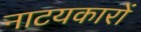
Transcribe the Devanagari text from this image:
नाटयकारों